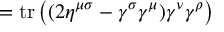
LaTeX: = \operatorname { t r } \left( ( 2 \eta ^ { \mu \sigma } - \gamma ^ { \sigma } \gamma ^ { \mu } ) \gamma ^ { \nu } \gamma ^ { \rho } \right)